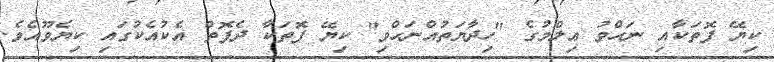
ކިޔޭ ފޮތަކާއި ނަޙްވު ޢިލްމުގެ "ހިދާޔަތުއްނަޙްވި" ކިޔޭ ފޮތަކާ ދެފޮތް އެކުއެކުގައި ކިޔެވޫއެވެ.